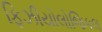
ફિઝીયોલોજિકલ